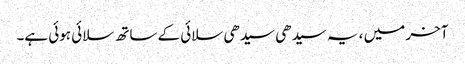
آخر میں ، یہ سیدھی سیدھی سلائی کے ساتھ سلائی ہوئی ہے۔